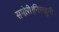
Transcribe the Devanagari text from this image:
समोरी।निरखुनी